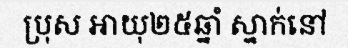
ប្រុស អាយុ២៥ឆ្នាំ ស្នាក់នៅ